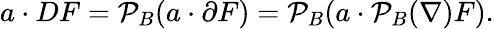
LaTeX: a\cdot DF={\mathcal{P}}_{B}(a\cdot\partial F)={\mathcal{P}}_{B}(a\cdot{\mathcal{P}}_{B}(\nabla)F).